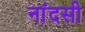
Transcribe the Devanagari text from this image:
नांदसी